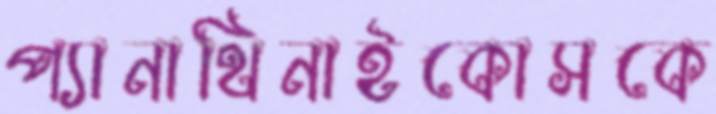
প্যানাথিনাইকোসকে